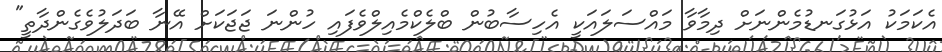
އެކަމަކު އަޅުގަނޑުމެންނަށް ދިމާވާ މައްސަލައަކީ އެހިސާބުން ބްލެކްމެއިލްވެފައި ހުންނަ ޖަޖަކަށް އޭނާ ބަދަލުވެގެންދާތީ"